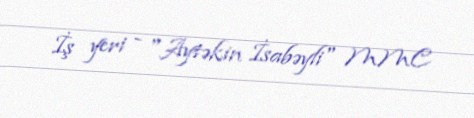
İş yeri - "Aytəkin İsabəyli" MMC